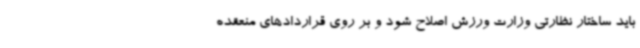
باید ساختار نظارتی وزارت ورزش اصلاح شود و بر روی قراردادهای منعقده